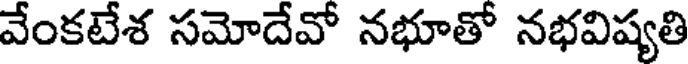
వేంకటేశ సమోదేవో నభూతో నభవిష్యతి